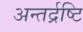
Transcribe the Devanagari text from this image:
अन्तर्द्रष्टि